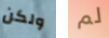
ولكن لم